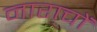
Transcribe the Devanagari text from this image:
नाराचों